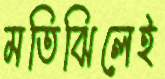
মতিঝিলেই